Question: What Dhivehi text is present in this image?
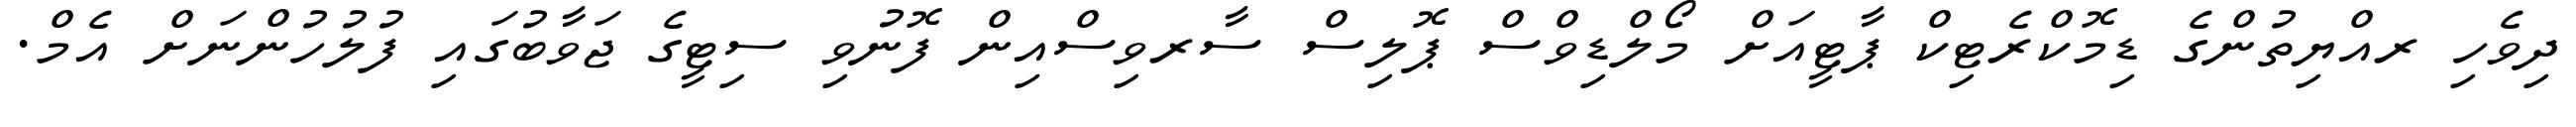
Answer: ދިވެހި ރއްޔިތުންގެ ޑިމޮކްރެޓިކް ޕާޓީއަށް މޯލްޑިވްސް ޕޮލިސް ސާރވިސްއިން ފޮނުވި ސިޓީގެ ޖަވާބުގައި ފުލުހުންނަށް އެމް.